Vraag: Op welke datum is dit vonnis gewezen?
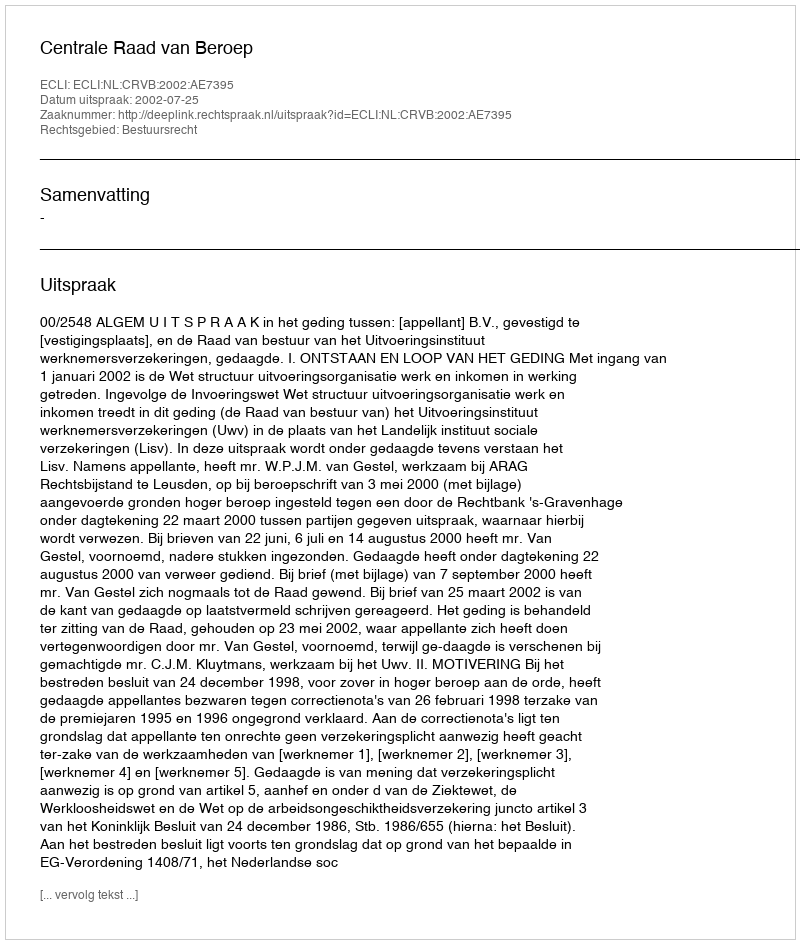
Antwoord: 2002-07-25